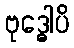
ဗုဒ္ဓေါပိ